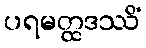
ပရမတ္ထဒဿိံ